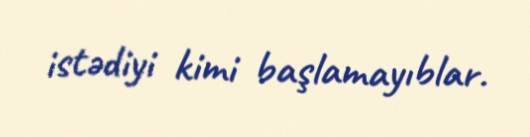
istədiyi kimi başlamayıblar.